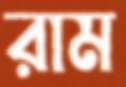
রাম